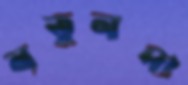
নতুনদা